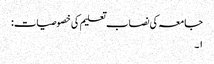
جامعہ کی نصاب تعلیم کی خصوصیات:
۱۔